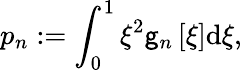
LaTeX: p_{n}:=\int_{0}^{1}\xi^{2}\mathsf{g}_{n}\left[\xi\right]\mathrm{{d}}\xi,